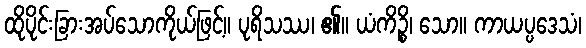
ထိုပိုင်းခြားအပ်သောကိုယ်ဖြင့်။ ပုရိသဿ၊ ၏။ ယံကိဉ္စိ၊ သော။ ကာယပ္ပဒေသံ၊